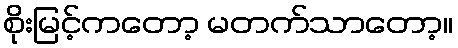
စိုးမြင့်ကတော့ မတက်သာတော့။